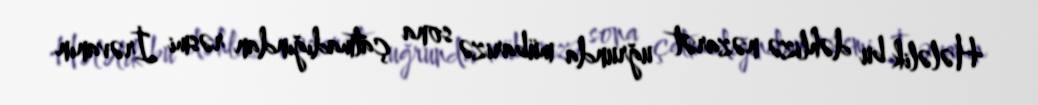
Hələlik bu dəhlizə nəzarət uğrunda mübarizə sona çatmadığından rəsmi İrəvanın